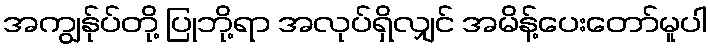
အကျွန်ုပ်တို့ ပြုဘို့ရာ အလုပ်ရှိလျှင် အမိန့်ပေးတော်မူပါ